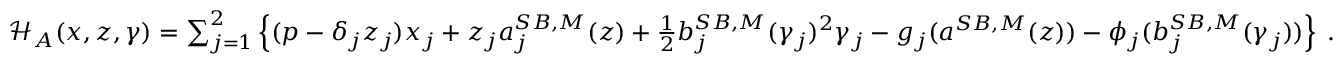
\begin{array} { r l } & { \mathcal { H } _ { A } ( x , z , \gamma ) = \sum _ { j = 1 } ^ { 2 } \left\{ ( p - \delta _ { j } z _ { j } ) x _ { j } + z _ { j } a _ { j } ^ { S B , M } ( z ) + \frac 1 2 b _ { j } ^ { S B , M } ( \gamma _ { j } ) ^ { 2 } \gamma _ { j } - g _ { j } ( a ^ { S B , M } ( z ) ) - \phi _ { j } ( b _ { j } ^ { S B , M } ( \gamma _ { j } ) ) \right\} \; . } \end{array}